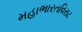
મહાભારતવિરાટ